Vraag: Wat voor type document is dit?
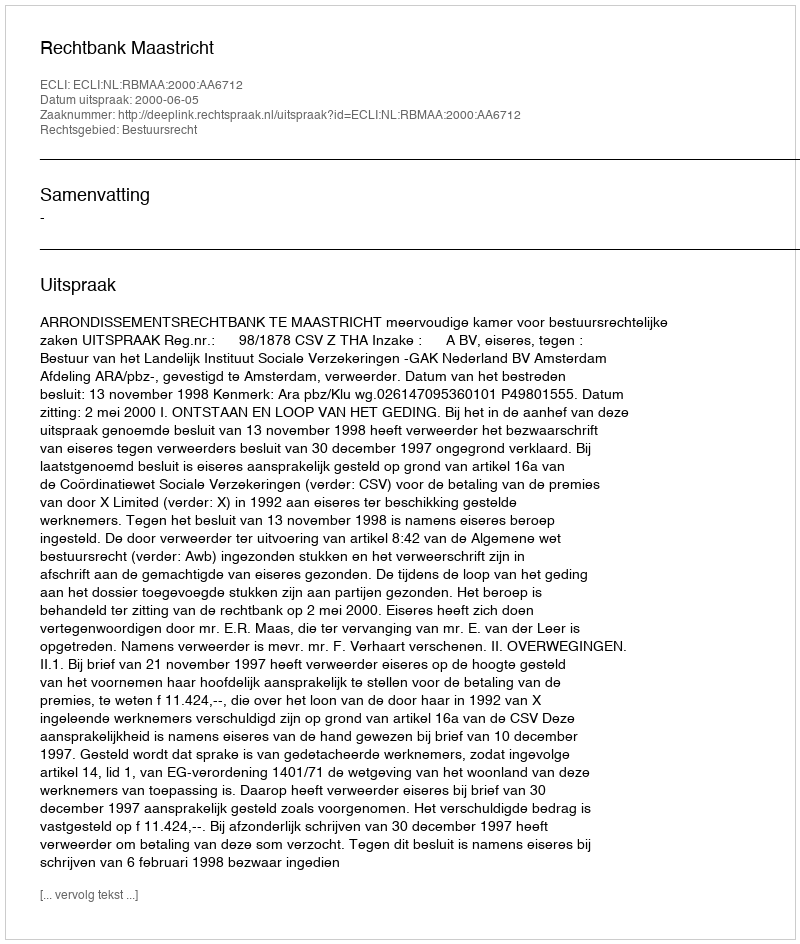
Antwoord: Uitspraak